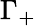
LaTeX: \Gamma_{+}